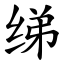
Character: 绨